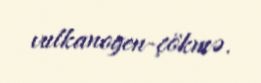
vulkanogen-çökmə.